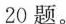
20题。